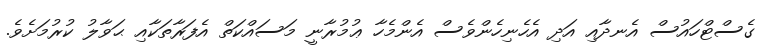
ގެސްޓްހައުސް އެނދާއި އަދި އެހެނިހެންވެސް އެންމެހާ ޢުުމުރާނީ މަސައްކަތް އެފަރާތަކާއި ޙަަވާލު ކުރުމަށެވެ.